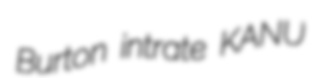
Burton intrate KANU